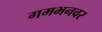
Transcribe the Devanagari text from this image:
गमभनवर